Senior Leaving Certificate Examination (including Day School Certificate (Higher) General paper), 1950
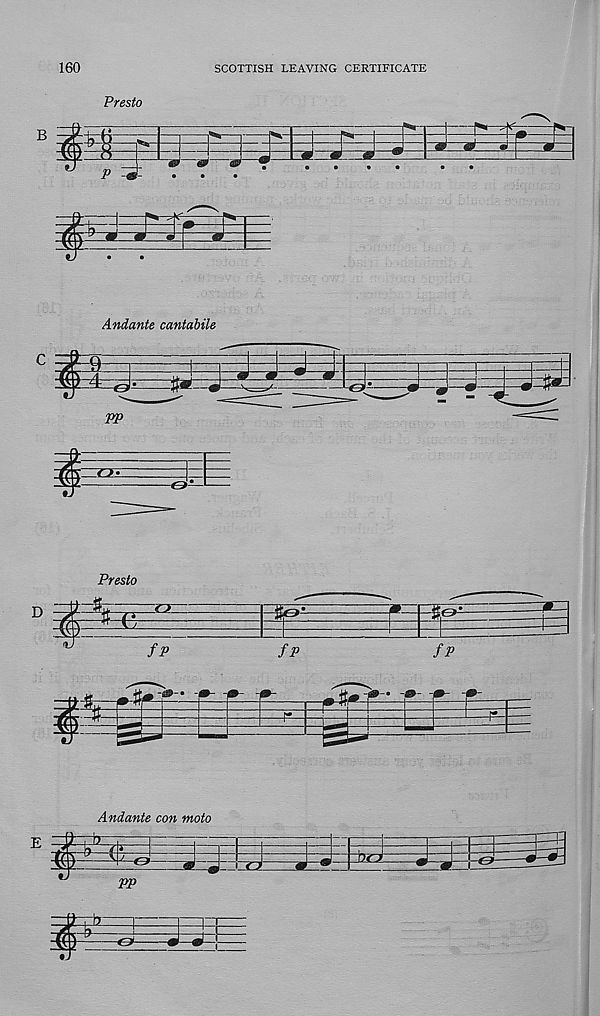
160
SCOTTISH LEAVING CERTIFICATE
Presto
B
^—j
m
P 4-
&
$
Andante cantabile
c
J—J ^ J
i
:q-
-e»-
Presto
D
iq:
-r r t
Andante con moto
E
-0-
tj
“O
e>-
PP
mm